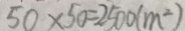
5 0 \times 5 0 = 2 5 0 0 ( m ^ { 2 } )